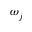
\omega _ { j }